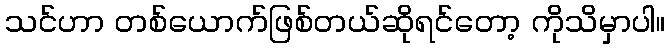
သင်ဟာ တစ်ယောက်ဖြစ်တယ်ဆိုရင်တော့ ကိုသိမှာပါ။